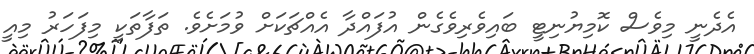
އެދެނީ މިވެސް ކޮމިޔުނިޓީ ބައިވެރިވެގެން އުފައްދާ އެއްޗަކަށް ވުމަށެވެ. ތަފާތަކީ މިފަހަރު މިއީ